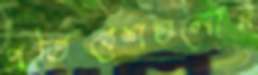
প্রতিবেশগুলোর